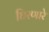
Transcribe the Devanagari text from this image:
घिरणारे